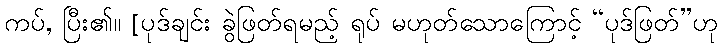
ကပ်, ပြီး၏။ [ပုဒ်ချင်း ခွဲဖြတ်ရမည့် ရုပ် မဟုတ်သောကြောင့် “ပုဒ်ဖြတ်”ဟု